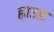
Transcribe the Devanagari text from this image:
हाउड